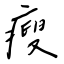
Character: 瘦